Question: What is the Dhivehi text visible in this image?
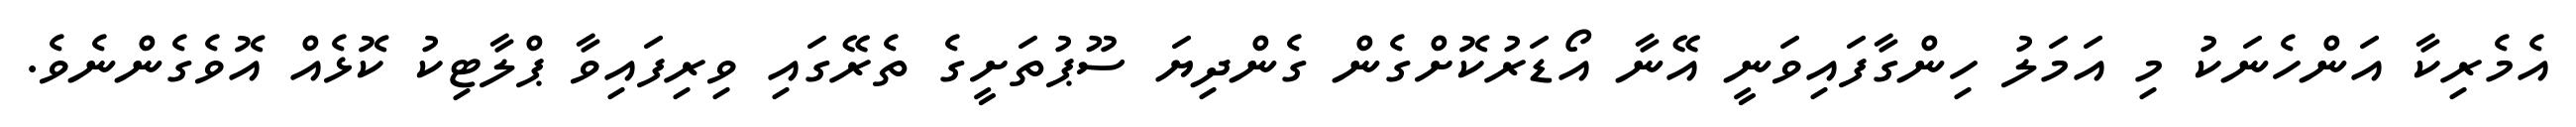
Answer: އެމެރިކާ އަންހެނަކު މި އަމަލު ހިންގާފައިވަނީ އޭނާ އޯޑަރުކޮށްގެން ގެންދިޔަ ސޫޕުތަށީގެ ތެރޭގައި ވިރިފައިވާ ޕްލާޓިކު ކޮޅެއް އޮވެގެންނެވެ.